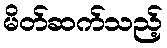
မိတ်ဆက်သည့်